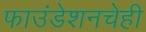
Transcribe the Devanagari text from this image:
फाउंडेशनचेही